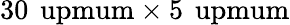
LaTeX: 30\, \mathrm{\ upmum}\times 5\, \mathrm{\ upmum}